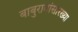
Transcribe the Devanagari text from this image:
बाबुरावांसारख्या